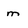
Character: m